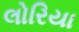
લોરિયા